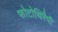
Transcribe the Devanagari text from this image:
फोटोथिरैपी